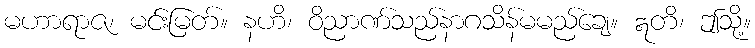
မဟာရာဇ၊ မင်းမြတ်။ နဟိ၊ ဝိညာဏ်သည်နာဂသိန်မမည်ချေ။ ဣတိ၊ ဤသို့။